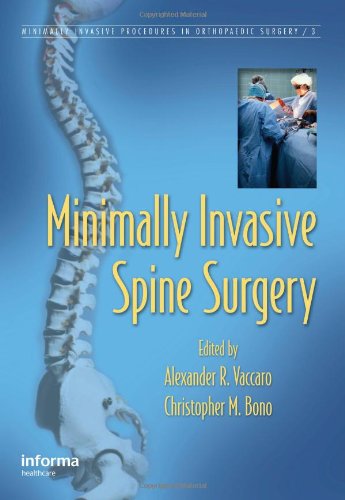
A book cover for Minimally Invasive Spine Surgery (Minimally Invasive Procedures in Orthopaedic Surgery); Medical Books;